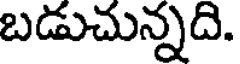
బడుచున్నది.